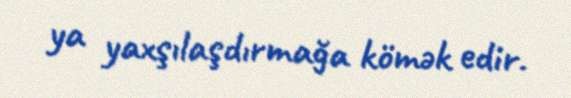
ya yaxşılaşdırmağa kömək edir.